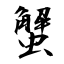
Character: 蟹